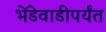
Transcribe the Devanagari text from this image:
भेंडेवाडीपर्यंत